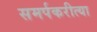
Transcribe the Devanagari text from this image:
समर्पकरीत्या